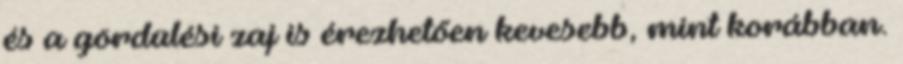
és a gördülési zaj is érezhetően kevesebb, mint korábban.